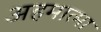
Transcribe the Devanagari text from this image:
अहमात्मा